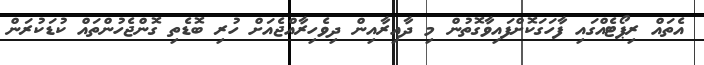
އެތައް ރިޕޯޓެއްގައި ފާހަގަކޮށްފައިވާގޮތުން މި ދާއިރާއިން ދިވެހިރާއްޖެއަށް ހުރި ބޮޑެތި ގޮންޖެހުންތައް ކުޑަކުރަން